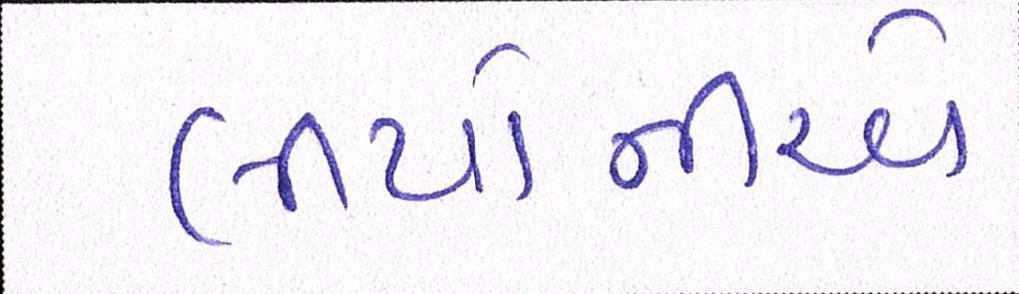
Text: લીયોનીએ